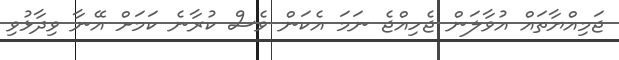
ޖަމިއްޔާތައް އުވާލަން ޖެހިއްޖެ ނަމަ އެކަން ވެސް ކުރާނެ ކަމަށް އޭނާ ވިދާޅުވި